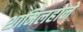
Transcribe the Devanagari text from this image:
शामिलहोने